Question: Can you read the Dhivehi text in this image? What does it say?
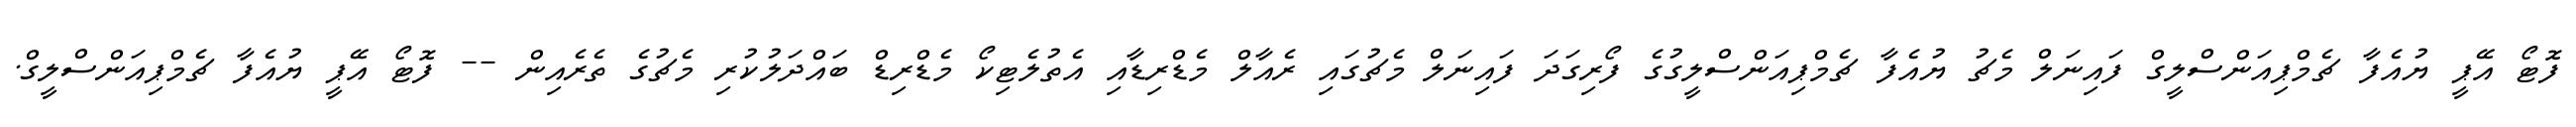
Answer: ފޮޓޯ އޭޕީ ޔުއެފާ ޗެމްޕިއަންސްލީގް ފައިނަލް މެޗު ޔުއެފާ ޗެމްޕިއަންސްލީގުގެ ފޯރިގަދަ ފައިނަލް މެޗުގައި ރެއާލް މެޑްރިޑާއި އެތުލެޓިކޯ މެޑްރިޑް ބައްދަލުކުރި މެޗުގެ ތެރެއިން -- ފޮޓޯ އޭޕީ ޔުއެފާ ޗެމްޕިއަންސްލީގް.